Malaria in the Andamans - Number 56
Disease focus: Malaria
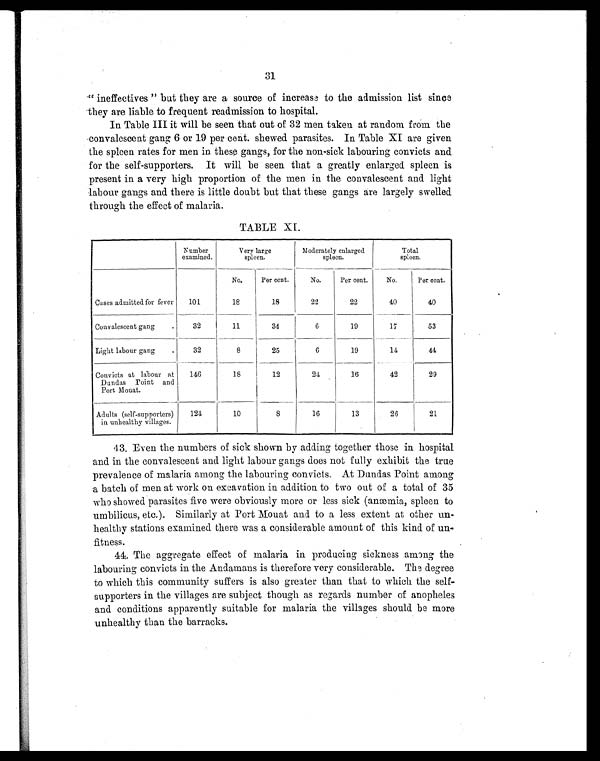
31
" ineffectives " but they are a source of increase to the admission list since
they are liable to frequent readmission to hospital.
In Table III it will be seen that out of 32 men taken at random from the
convalescent gang 6 or 19 per cent. spewed parasites. In Table XI are given
the spleen rates for men in these gangs, for the non-sick labouring convicts and
for the self-supporters. It will be seen that a greatly enlarged spleen is
present in a very high proportion of the men in the convalescent and light
labour gangs and there is little doubt but that these gangs are largely swelled
through the effect of malaria.
TABLE XI.
Number
examined.
Very large
spleen.
Moderately enlarged
spleen.
Total
spleen.
No.
Per cent.
No.
Per cent.
No.
Per cent.
Cases admitted for fever
101
18
18
22
22
40
40
Convalescent gang
32
11
34
6
19
17
53
Light labour gang
32
8
25
6
19
14
4 4
Convicts at labour at
Dundas Point and
Port Mouat.
146
18
12
24
16
42
29
Adults (self-supporters)
in unhealthy villages.
121
10
8
16
13
26
21
43. Even the numbers of sick shown by adding together those in hospital
and in the convalescent and light labour gangs does not fully exhibit the true
prevalence of malaria among the labouring convicts. At Dundas Point among
a batch of men at work on excavation in addition to two out of a total of 35
who showed parasites five were obviously more or less sick (anæmia, spleen to
umbilicus, etc.). Similarly at Port Mouat and to a less extent at other un-
healthy stations examined there was a considerable amount of this kind of un-
fitness.
44. The aggregate effect of malaria in producing sickness among the
labouring convicts in the Andamans is therefore very considerable. The degree
to which this community suffers is also greater than that to which the self-
supporters in the villages are subject though as regards number of anopheles
and conditions apparently suitable for malaria the villages should be more
unhealthy than the barracks.